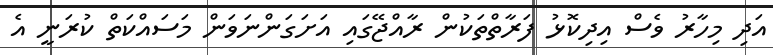
އަދި މިހާރު ވެސް އިދިކޮޅު ފަރާތްތަކުން ރާއްޖޭގައި އަށަގަންނަވަން މަސައްކަތް ކުރަނީ އެ